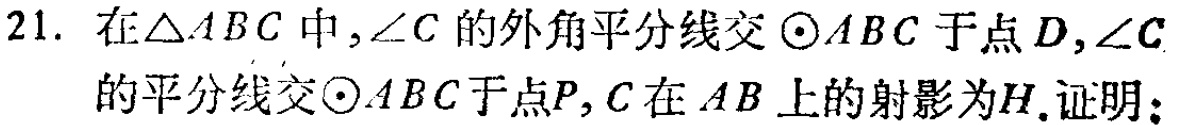
21. 在$\triangle ABC$中，$\angle C$的外角平分线交$\odot ABC$于点$D$，$\angle C$的平分线交$\odot ABC$于点$P$，$C$在$AB$上的射影为$H$. 证明：